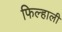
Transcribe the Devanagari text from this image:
फिल्हाली